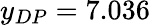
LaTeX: y_{DP}=7.036